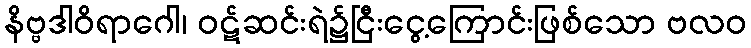
နိဗ္ဗဒါဝိရာဂေါ၊ ဝဋ်ဆင်းရဲ၌ငြီးငွေ့ကြောင်းဖြစ်သော ဗလဝ